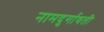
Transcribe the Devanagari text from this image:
नामदुर्गावती